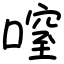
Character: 㗧